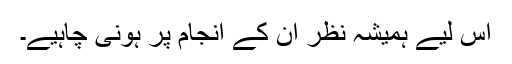
اس لیے ہمیشہ نظر ان کے انجام پر ہونی چاہیے۔